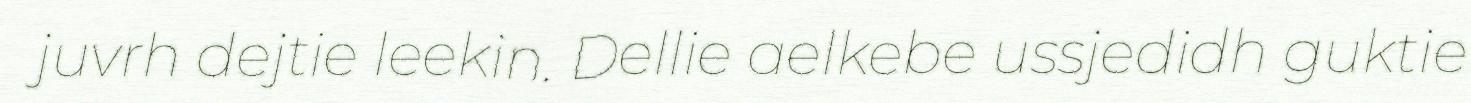
juvrh dejtie leekin. Dellie aelkebe ussjedidh guktie